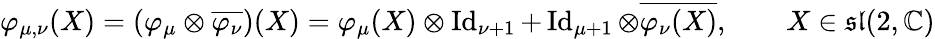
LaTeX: \varphi_{\mu,\nu}(X)=\left(\varphi_{\mu}\otimes{\overline{{\varphi_{\nu}}}}\right)(X)=\varphi_{\mu}(X)\otimes\operatorname{Id}_{\nu+1}+\operatorname{Id}_{\mu+1}\otimes{\overline{{\varphi_{\nu}(X)}}},\qquad X\in{\mathfrak{sl}}(2,\mathbb{C})